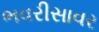
ભવરીસાવર